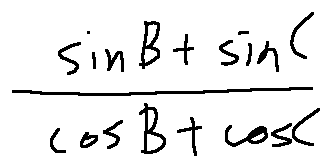
\frac { \sin B + \sin C } { \cos B + \cos C }